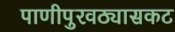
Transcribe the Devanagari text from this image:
पाणीपुरवठ्यासकट